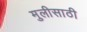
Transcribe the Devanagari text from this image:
मुलीसाठी